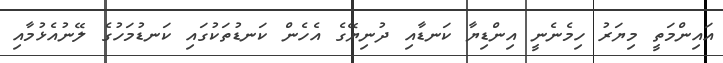
އައިންމަތީ މިޔަރު ހިމެނެނީ އިންޑިޔާ ކަނޑާއި ދުނިޔޭގެ އެހެން ކަނޑުތަކުގައި ކަނޑުމަހުގެ ލޭނުއެޅުމާއި